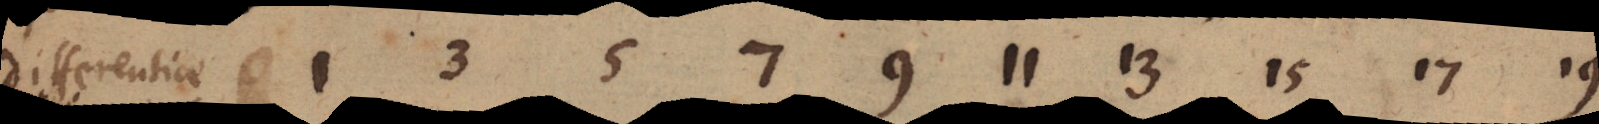
Differentiae 1 3 5 7 9 11 13 15 17 19